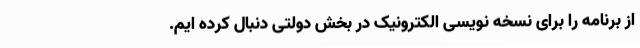
از برنامه را برای نسخه نویسی الکترونیک در بخش دولتی دنبال کرده ایم.